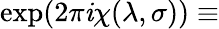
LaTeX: \exp(2\pi\mathit{i}\chi(\lambda,\sigma))\equiv